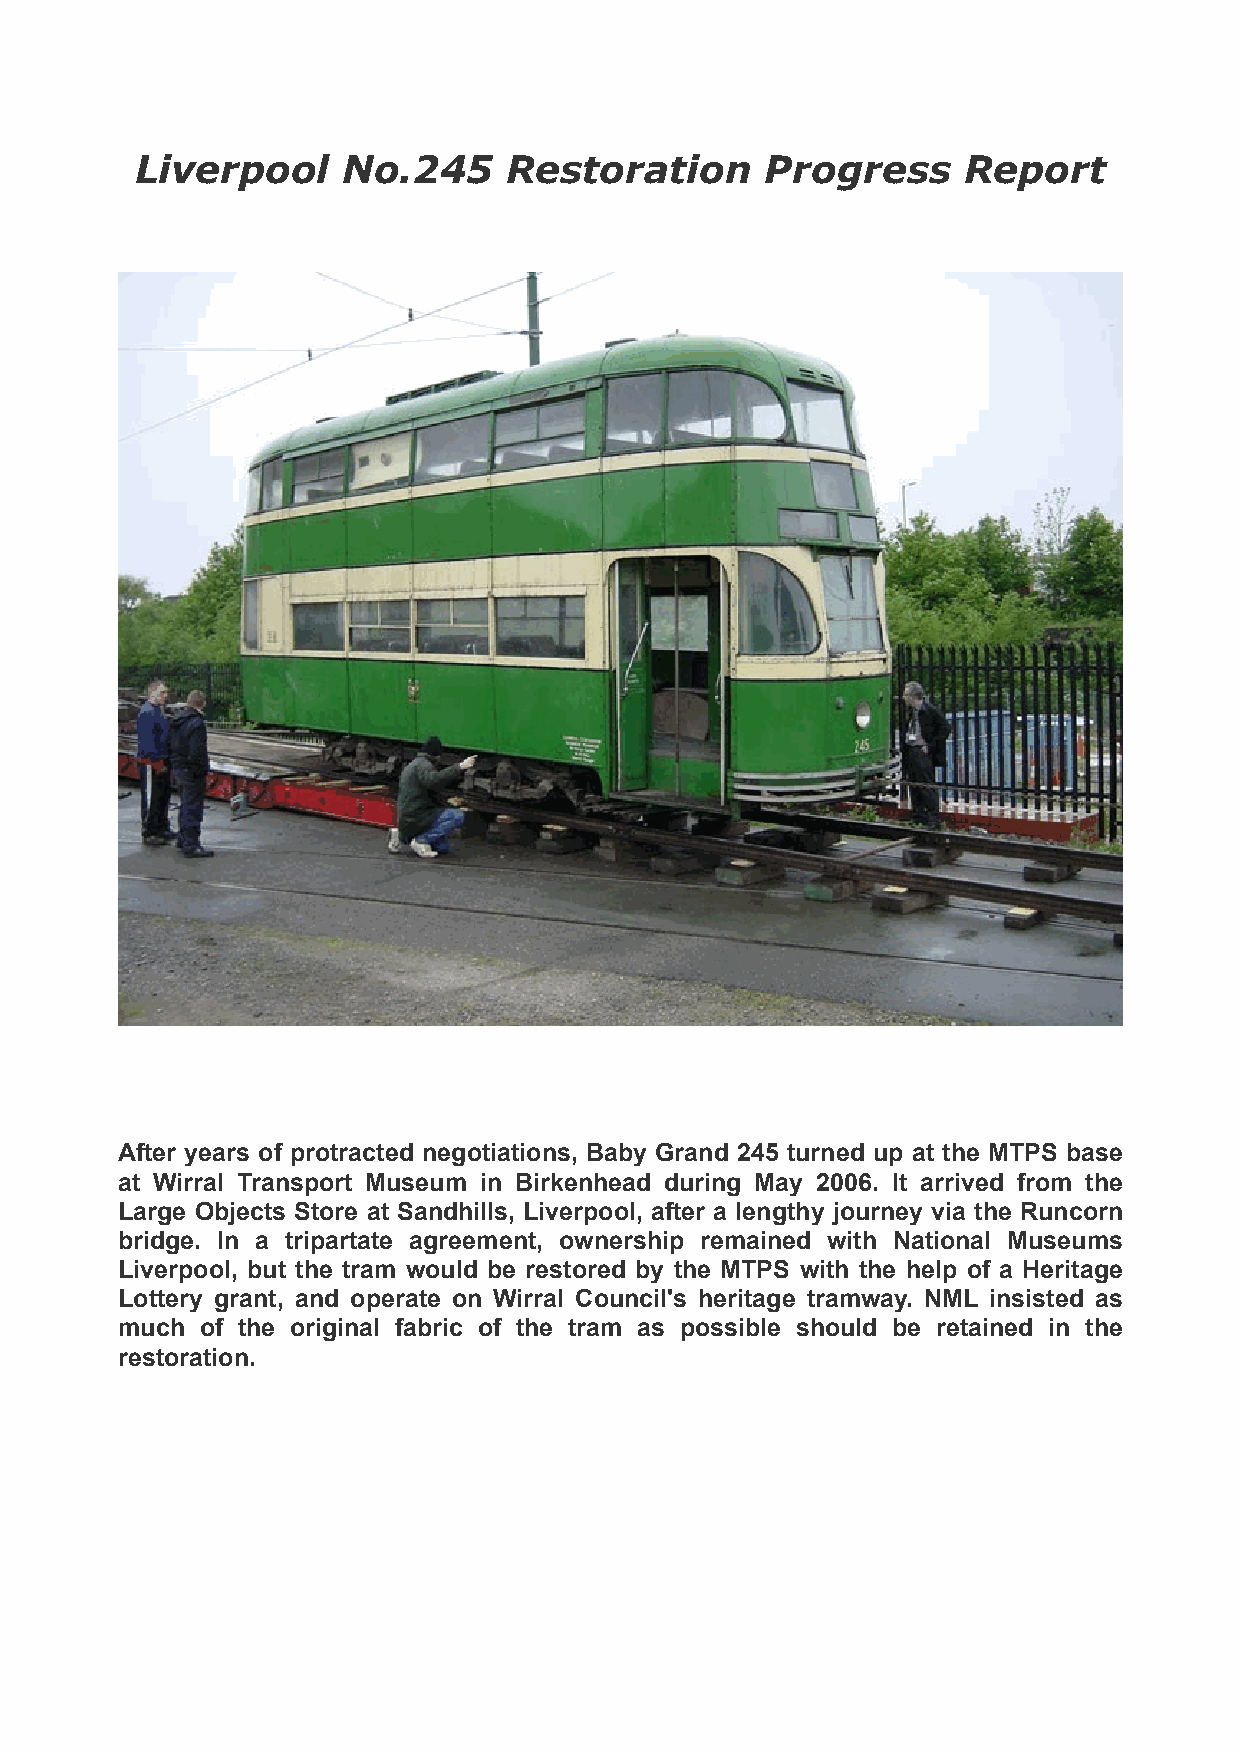
Liverpool     No.245     Restoration      Progress     Report
 !
 !
 !!
 !
 After years of protracted negotiations, Baby Grand 245 turned up at the MTPS base
 at Wirral Transport Museum in Birkenhead during May 2006. It arrived from the
 Large Objects Store at Sandhills, Liverpool, after a lengthy journey via the Runcorn
 bridge. In a tripartate agreement, ownership remained with National Museums
 Liverpool, but the tram would be restored by the MTPS with the help of a Heritage
 Lottery grant, and operate on Wirral Council's heritage tramway. NML insisted as
 much of the original fabric of the tram as possible should be retained in the
 restoration.